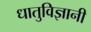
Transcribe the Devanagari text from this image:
धातुविज्ञानी